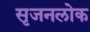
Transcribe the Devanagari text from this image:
सृजनलोक